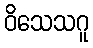
ဝိသေသဂူ